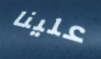
علينا